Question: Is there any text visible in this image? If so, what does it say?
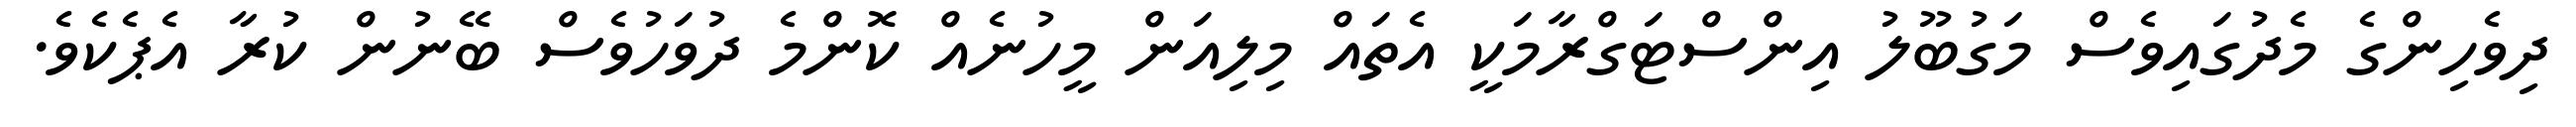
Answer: ދިވެހިންގެ މެދުގައިވެސް މަގުބޫލު އިންސްޓަގްރާމަކީ އެތައް މިލިއަން މީހުނެއް ކޮންމެ ދުވަހުވެސް ބޭނުން ކުރާ އެޕެކެވެ.